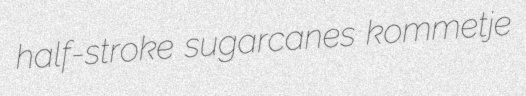
half-stroke sugarcanes kommetje